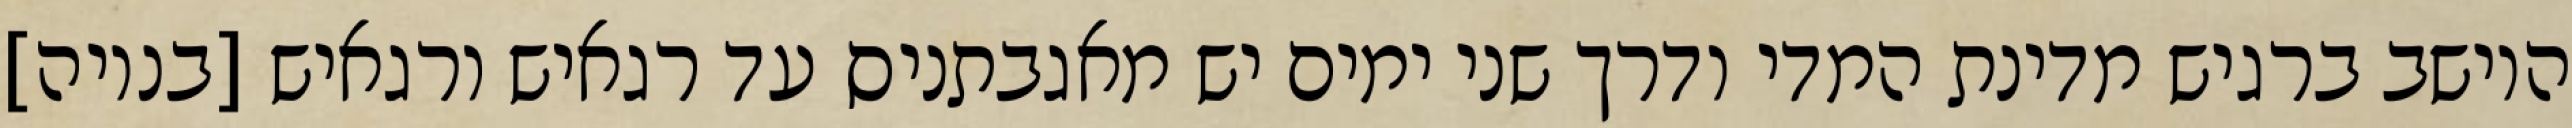
היושב ברגיש מדינת המדי ודרך שני ימים יש מאגבתניס עד רגאיש ורגאיש [בנויה]